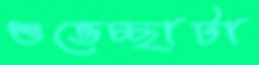
শুভেচ্ছাটা